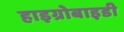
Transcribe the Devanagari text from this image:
हाइग्रोबाइडी